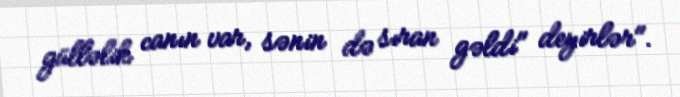
gülləlik canın var, sənin də sıran gəldi" deyirlər".